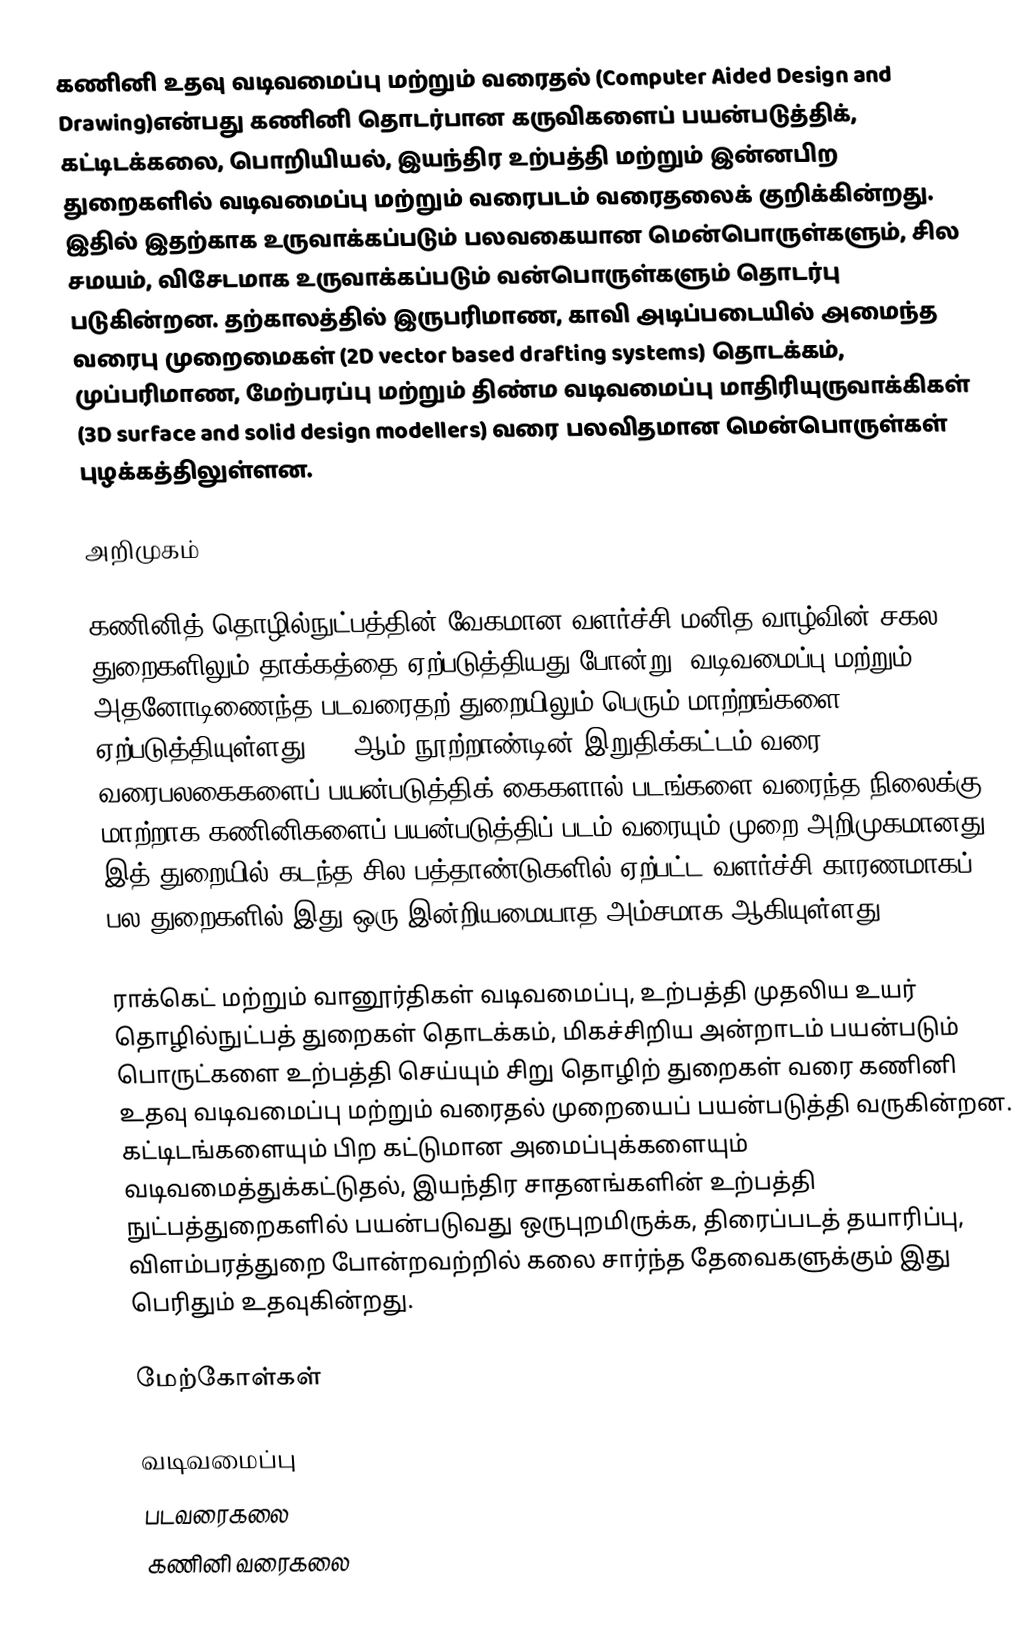
கணினி உதவு வடிவமைப்பு மற்றும் வரைதல் (Computer Aided Design and Drawing)என்பது கணினி தொடர்பான கருவிகளைப் பயன்படுத்திக், கட்டிடக்கலை, பொறியியல், இயந்திர உற்பத்தி மற்றும் இன்னபிற துறைகளில் வடிவமைப்பு மற்றும் வரைபடம் வரைதலைக் குறிக்கின்றது. இதில் இதற்காக உருவாக்கப்படும் பலவகையான மென்பொருள்களும், சில சமயம், விசேடமாக உருவாக்கப்படும் வன்பொருள்களும் தொடர்பு படுகின்றன. தற்காலத்தில் இருபரிமாண, காவி அடிப்படையில் அமைந்த வரைபு முறைமைகள் (2D vector based drafting systems) தொடக்கம், முப்பரிமாண, மேற்பரப்பு மற்றும் திண்ம வடிவமைப்பு மாதிரியுருவாக்கிகள் (3D surface and solid design modellers) வரை பலவிதமான மென்பொருள்கள் புழக்கத்திலுள்ளன.

அறிமுகம்

கணினித் தொழில்நுட்பத்தின் வேகமான வளர்ச்சி மனித வாழ்வின் சகல துறைகளிலும் தாக்கத்தை ஏற்படுத்தியது போன்று, வடிவமைப்பு மற்றும் அதனோடிணைந்த படவரைதற் துறையிலும் பெரும் மாற்றங்களை ஏற்படுத்தியுள்ளது. 20 ஆம் நூற்றாண்டின் இறுதிக்கட்டம் வரை, வரைபலகைகளைப் பயன்படுத்திக் கைகளால் படங்களை வரைந்த நிலைக்கு மாற்றாக கணினிகளைப் பயன்படுத்திப் படம் வரையும் முறை அறிமுகமானது. இத் துறையில் கடந்த சில பத்தாண்டுகளில் ஏற்பட்ட வளர்ச்சி காரணமாகப் பல துறைகளில் இது ஒரு இன்றியமையாத அம்சமாக ஆகியுள்ளது.

ராக்கெட் மற்றும் வானூர்திகள் வடிவமைப்பு, உற்பத்தி முதலிய உயர் தொழில்நுட்பத் துறைகள் தொடக்கம், மிகச்சிறிய அன்றாடம் பயன்படும் பொருட்களை உற்பத்தி செய்யும் சிறு தொழிற் துறைகள் வரை கணினி உதவு வடிவமைப்பு மற்றும் வரைதல் முறையைப் பயன்படுத்தி வருகின்றன. கட்டிடங்களையும் பிற கட்டுமான அமைப்புக்களையும் வடிவமைத்துக்கட்டுதல், இயந்திர சாதனங்களின் உற்பத்தி நுட்பத்துறைகளில் பயன்படுவது ஒருபுறமிருக்க, திரைப்படத் தயாரிப்பு, விளம்பரத்துறை போன்றவற்றில் கலை சார்ந்த தேவைகளுக்கும் இது பெரிதும் உதவுகின்றது.

மேற்கோள்கள்

வடிவமைப்பு
படவரைகலை
கணினி வரைகலை